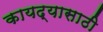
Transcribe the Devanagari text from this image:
कायद्यासाठी